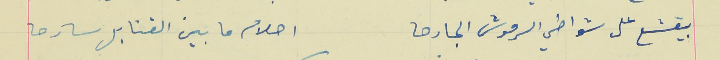
بيقشع على شواطي الرموش الجارحا                           احلام ما بين القنابل سارحا